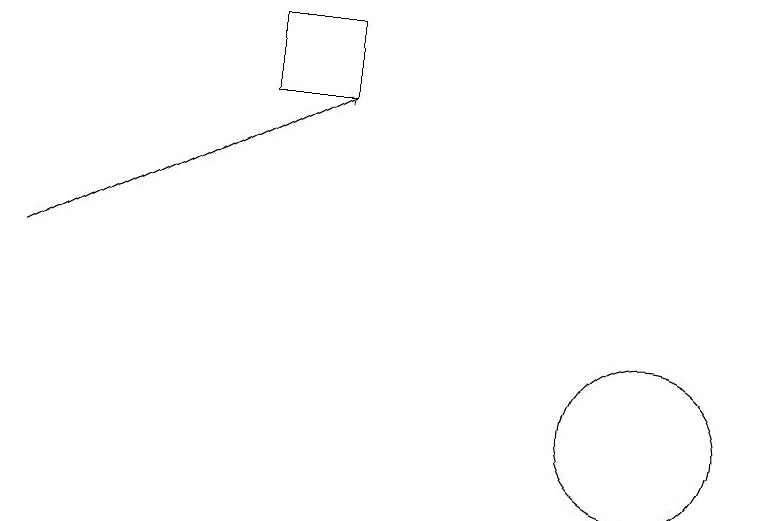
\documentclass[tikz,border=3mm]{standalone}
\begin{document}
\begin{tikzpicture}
\draw[->] (2,13) -- (6,15);
\draw (5,15) rectangle (6,16);
\draw (10,11) circle (1);
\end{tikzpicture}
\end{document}